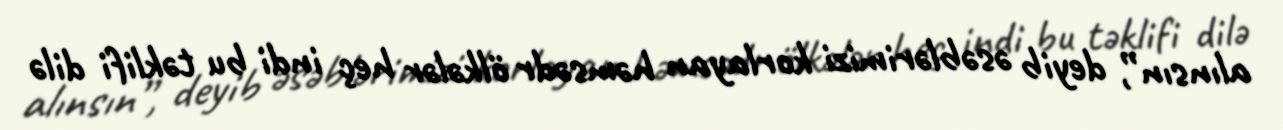
alınsın”, deyib əsəblərimizi korlayan həmsədr ölkələr heç indi bu təklifi dilə